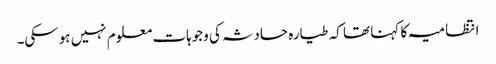
انتظامیہ کا کہنا تھا کہ طیارہ حادثہ کی وجوہات معلوم نہیں ہوسکی۔